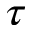
\tau